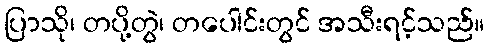
ပြာသို၊ တပို့တွဲ၊ တပေါင်းတွင် အသီးရင့်သည်။